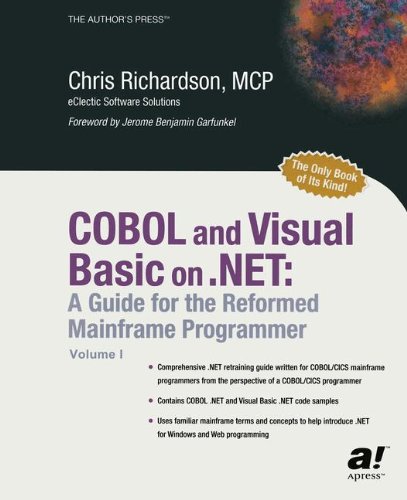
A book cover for COBOL and Visual Basic on .NET: A Guide for the Reformed Mainframe Programmer; Chris L. Richardson; Computers & Technology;